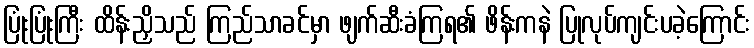
ပြုံးပြုံးကြီး ထိန်းညှိသည် ကြည်သာခင်မှာ ဖျက်ဆီးခံကြရ၏ ဖိန်းကနဲ ပြုလုပ်ကျင်းပခဲ့ကြောင်း